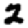
Digit: 2